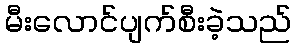
မီးလောင်ပျက်စီးခဲ့သည်